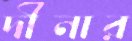
দীনার